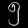
Digit: ၅